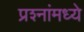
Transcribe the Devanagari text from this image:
प्रश्‍नांमध्‍ये